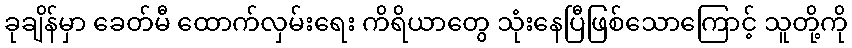
ခုချိန်မှာ ခေတ်မီ ထောက်လှမ်းရေး ကိရိယာတွေ သုံးနေပြီဖြစ်သောကြောင့် သူတို့ကို